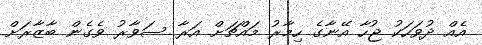
އެއް ދުވަހަކު ޖުހާ އޭނާގެ ހިމާރު މައްޗަށް އަރާ ސަވާރު ވެގެން ބާޒާރަށް